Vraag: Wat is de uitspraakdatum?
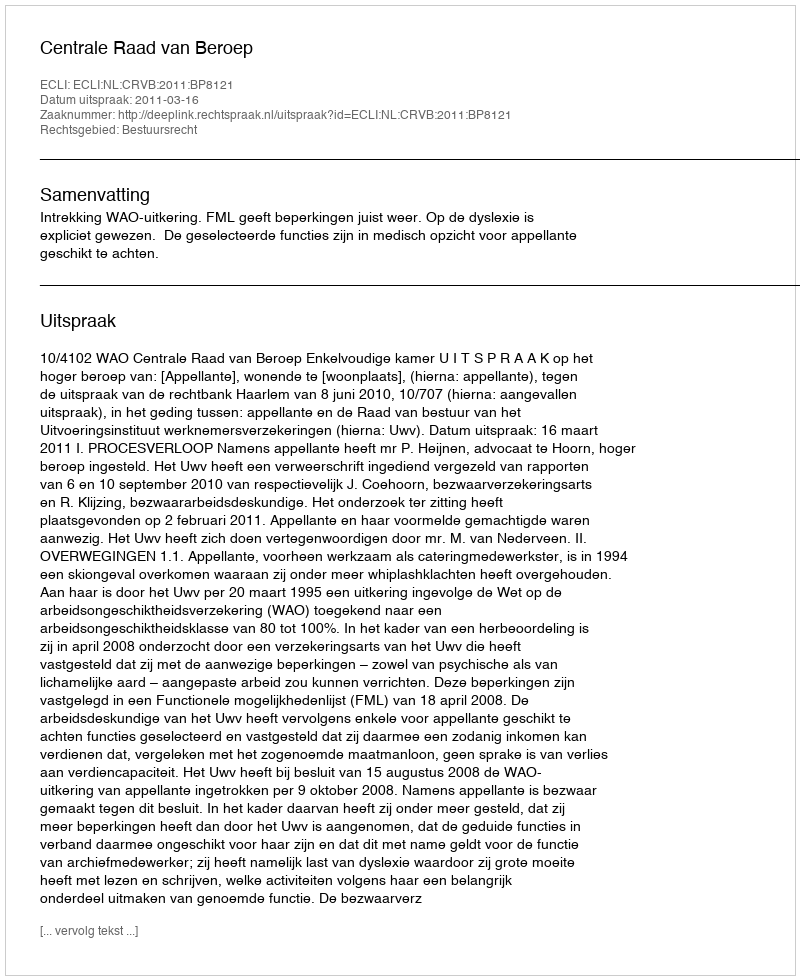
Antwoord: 2011-03-16